Indian journal of veterinary science and animal husbandry - Volumes 24-25, 1954-1955
Year: 1954
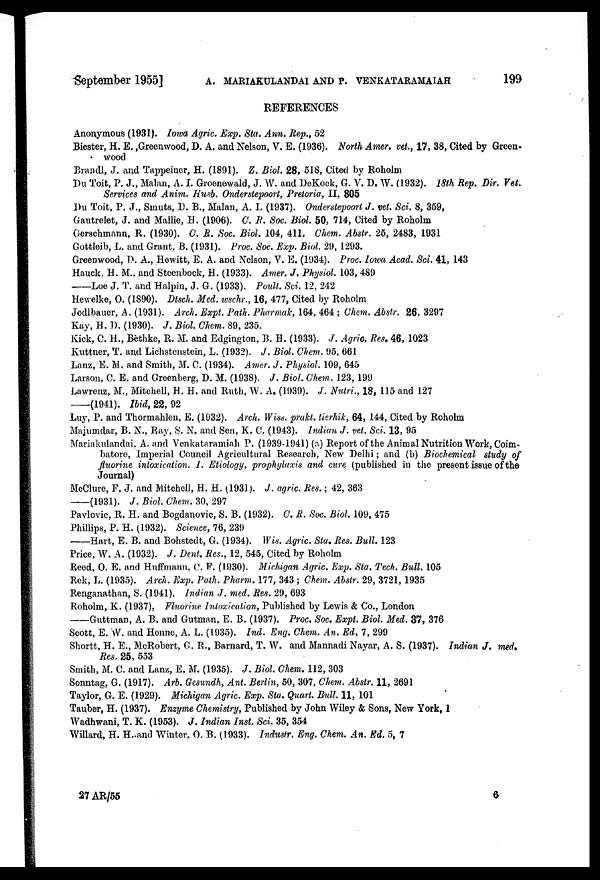
September 1955] A. MARIAKULANDAI AND P. VENKATARAMAIAH 199
REFERENCES
Anonymous (1931). Iowa Agric. Exp. Sta. Ann. Rep., 52
Biester, H. E.,Greenwood, D. A. and Nelson, V. E. (1936). North Amer. vet., 17, 38, Cited by Green-
wood
Brandl, J. and Tappeiner, H. (1891). Z. Biol. 28, 518, Cited by Roholm
Du Toit, P. J., Malan, A. I. Groenewald, J. W. and DeKock, G. V. D. W. (1932). 18th Rep. Dir. Vet.
Services and Anim. Husb. Onderstepoort, Pretoria, II. 805
Du Toit, P. J., Smuts, D. B., Malan, A. I. (1937). Onderstepoort J. vet. Sci. 8, 359,
Gautrelet, J. and Mallie, H. (1906). C. R. Soc. Biol. 50, 714, Cited by Roholm
Gerschmann, R. (1930). C. R. Soc. Biol. 104, 411. Chem. Abstr. 25, 2483, 1931
Gottleib, L. and Grant, B. (1931). Proc. Soc. Exp. Biol. 29, 1293.
Greenwood, D. A., Hewitt, E. A. and Nelson, V. E. (1934). Proc. Iowa Acad. Sci. 41, 143
Hauck, H. M., and Steenbock, H. (1933). Amer. J. Physiol. 103, 489
——Loe J. T. and Halpin, J. G. (1933). Poult. Sci. 12, 242
Hewelke, O. (1890). Dtsch. Med. wschr., 16, 477, Cited by Roholm
Jodlbauer, A. (1931). Arch. Expt. Path. Pharmak, 164, 464; Chem. Abstr. 26, 3297
Kay, H. D. (1930). J. Biol. Chem. 89, 235.
Kick, C. H., Bethke, R. M. and Edgington, B. H. (1933). J. Agric. Res. 46, 1023
Kuttner, T. and Lichstenstein, L. (1932). J. Biol. Chem. 95, 661
Lanz, E. M. and Smith, M. C. (1934). Amer. J. Physiol. 109, 645
Larson, C. E. and Greenberg, D. M. (1938). J. Biol. Chem. 123, 199
Lawrenz, M., Mitchell, H. H. and Ruth, W. A. (1939). J. Nutri., 18, 115 and 127
—(1941). Ibid, 22, 92
Luy, P. and Thormahlen, E. (1932). Arch. Wiss. prakt. tierhik, 64, 144, Cited by Roholm
Majumdar, B. N., Ray, S. N. and Sen, K. C. (1943). Indian J. vet. Sci. 13, 95
Mariakulandai, A. and Venkataramiah P. (1939-1941) (a) Report of the Animal Nutrition Work, Coim-
batore, Imperial Council Agricultural Research, New Delhi; and (b) Biochemical study of
fluorine intoxication. I. Etiology, prophylaxis and cure (published in the present issue of the
Journal)
McClure, F. J. and Mitchell, H. H. (1931). J. agric. Res.; 42, 363
—(1931).
J. Biol. Chem. 30, 297
Pavlovic, R. H. and Bogdanovic, S. B. (1932). C. R. Soc. Biol, 109, 475
Phillips, P. H. (1932). Science, 76, 239
—Hart, E. B. and Bohstedt, G. (1934). Wis. Agric. Stu. Res. Bull. 123
Price, W. A. (1932). J. Dent. Res., 12, 545, Cited by Roholm
Reed, O. E. and Huffmann, C. F. (1930). Michigan Agric. Exp. Sta. Tech. Bull. 105
Rek, L. (1935). Arch. Exp. Path. Pharm. 177, 343; Chem. Abstr. 29, 3721, 1935
Renganathan, S. (1941). Indian J. med. Res. 29, 693
Roholm, K. (1937). Fluorine Intoxication, Published by Lewis & Co., London
—Guttman, A. B. and Gutman, E. B. (1937). Proc. Soc. Expt. Biol. Med. 37, 376
Scott, E. W. and Henne, A. L. (1935). Ind. Eng. Chem. An. Ed. 7, 299
Shortt, H. E., McRobert, G. R., Barnard, T. W. and Mannadi Nayar, A. S. (1937). Indian J. med.
Res. 25, 553
Smith, M. C. and Lanz, E. M. (1935). J. Biol. Chem. 112, 303
Sonntag, G. (1917). Arb. Gesundh, Ant. Berlin, 50, 307, Chem. Abstr. 11, 2691
Taylor, G. E. (1929). Michigan Agric. Exp. Sta. Quart. Bull. 11, 101
Tauber, H. (1937). Enzyme Chemistry, Published by John Wiley & Sons, New York, 1
Wadhwani, T. K. (1953). J. Indian Inst. Sci. 35, 354
Willard, H. H. and Winter. O. B. (1933). Industr. Eng. Chem. An. Ed. 5, 7
27 AR/55
6